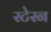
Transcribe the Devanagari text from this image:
स्टेस्न